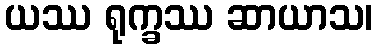
ယဿ ရုက္ခဿ ဆာယာသ၊